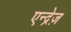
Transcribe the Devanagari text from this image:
एन्द्रेज़